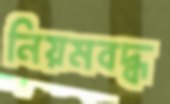
নিয়মবদ্ধ